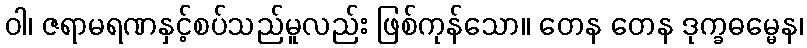
ဝါ၊ ဇရာမရဏနှင့်စပ်သည်မူလည်း ဖြစ်ကုန်သော။ တေန တေန ဒုက္ခဓမ္မေန၊